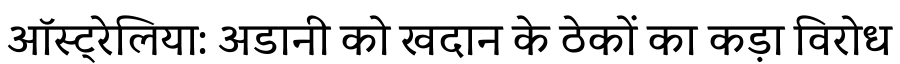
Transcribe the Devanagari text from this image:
ऑस्ट्रेलिया: अडानी को खदान के ठेकों का कड़ा विरोध